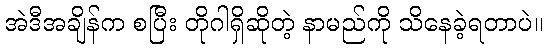
အဲဒီအချိန်က စပြီး တိုဂါရှိဆိုတဲ့ နာမည်ကို သိနေခဲ့ရတာပဲ။